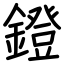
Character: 鐙